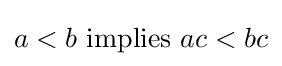
a<b{\text{ implies }}ac<bc